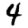
Digit: 4